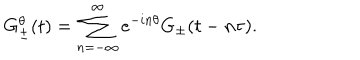
G _ { \pm } ^ { \theta } ( t ) = \sum _ { n = - \infty } ^ { \infty } e ^ { - i n \theta } G _ { \pm } ( t - n \tau ) .